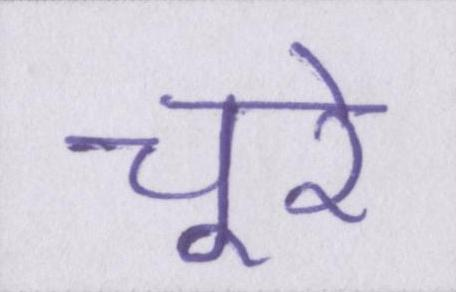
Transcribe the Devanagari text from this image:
चूरे